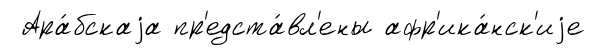
Ара́бскаjа пр'едста́вл'ены афр'ика́нск'иjе